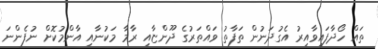
ތައް ހޯދާފައިވާއިރު އެގުދަނުން ތަފާތު ވައްތަރުގެ ދޫންޏާއި ރާމާ މަކުނާއި އާންމުކޮށް ނުފެންނަ